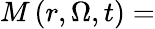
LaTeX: M\left(r,\Omega,t\right)=